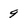
Character: 9